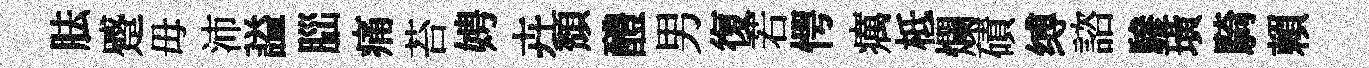
胠蹙毋沛謚𦛁痛苔娉卉頽醴男復若愕癘柢爛磧缚諮驂璜騎賴